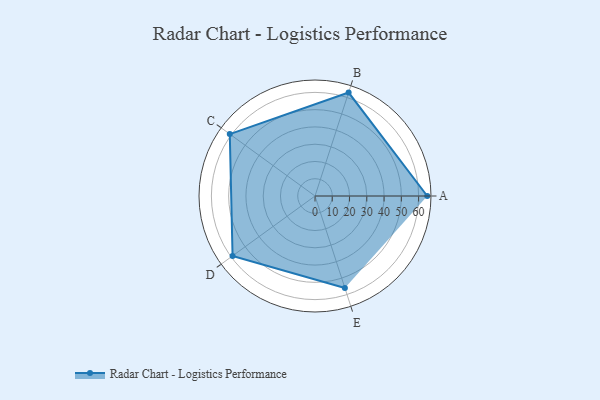
{"axis": {"x": "Skill", "y": "Score"}, "legend": ["Profile"], "data": [{"x": "A", "y": 65.0, "type": "Profile"}, {"x": "B", "y": 63.0, "type": "Profile"}, {"x": "C", "y": 61.0, "type": "Profile"}, {"x": "D", "y": 59.0, "type": "Profile"}, {"x": "E", "y": 56.0, "type": "Profile"}]}